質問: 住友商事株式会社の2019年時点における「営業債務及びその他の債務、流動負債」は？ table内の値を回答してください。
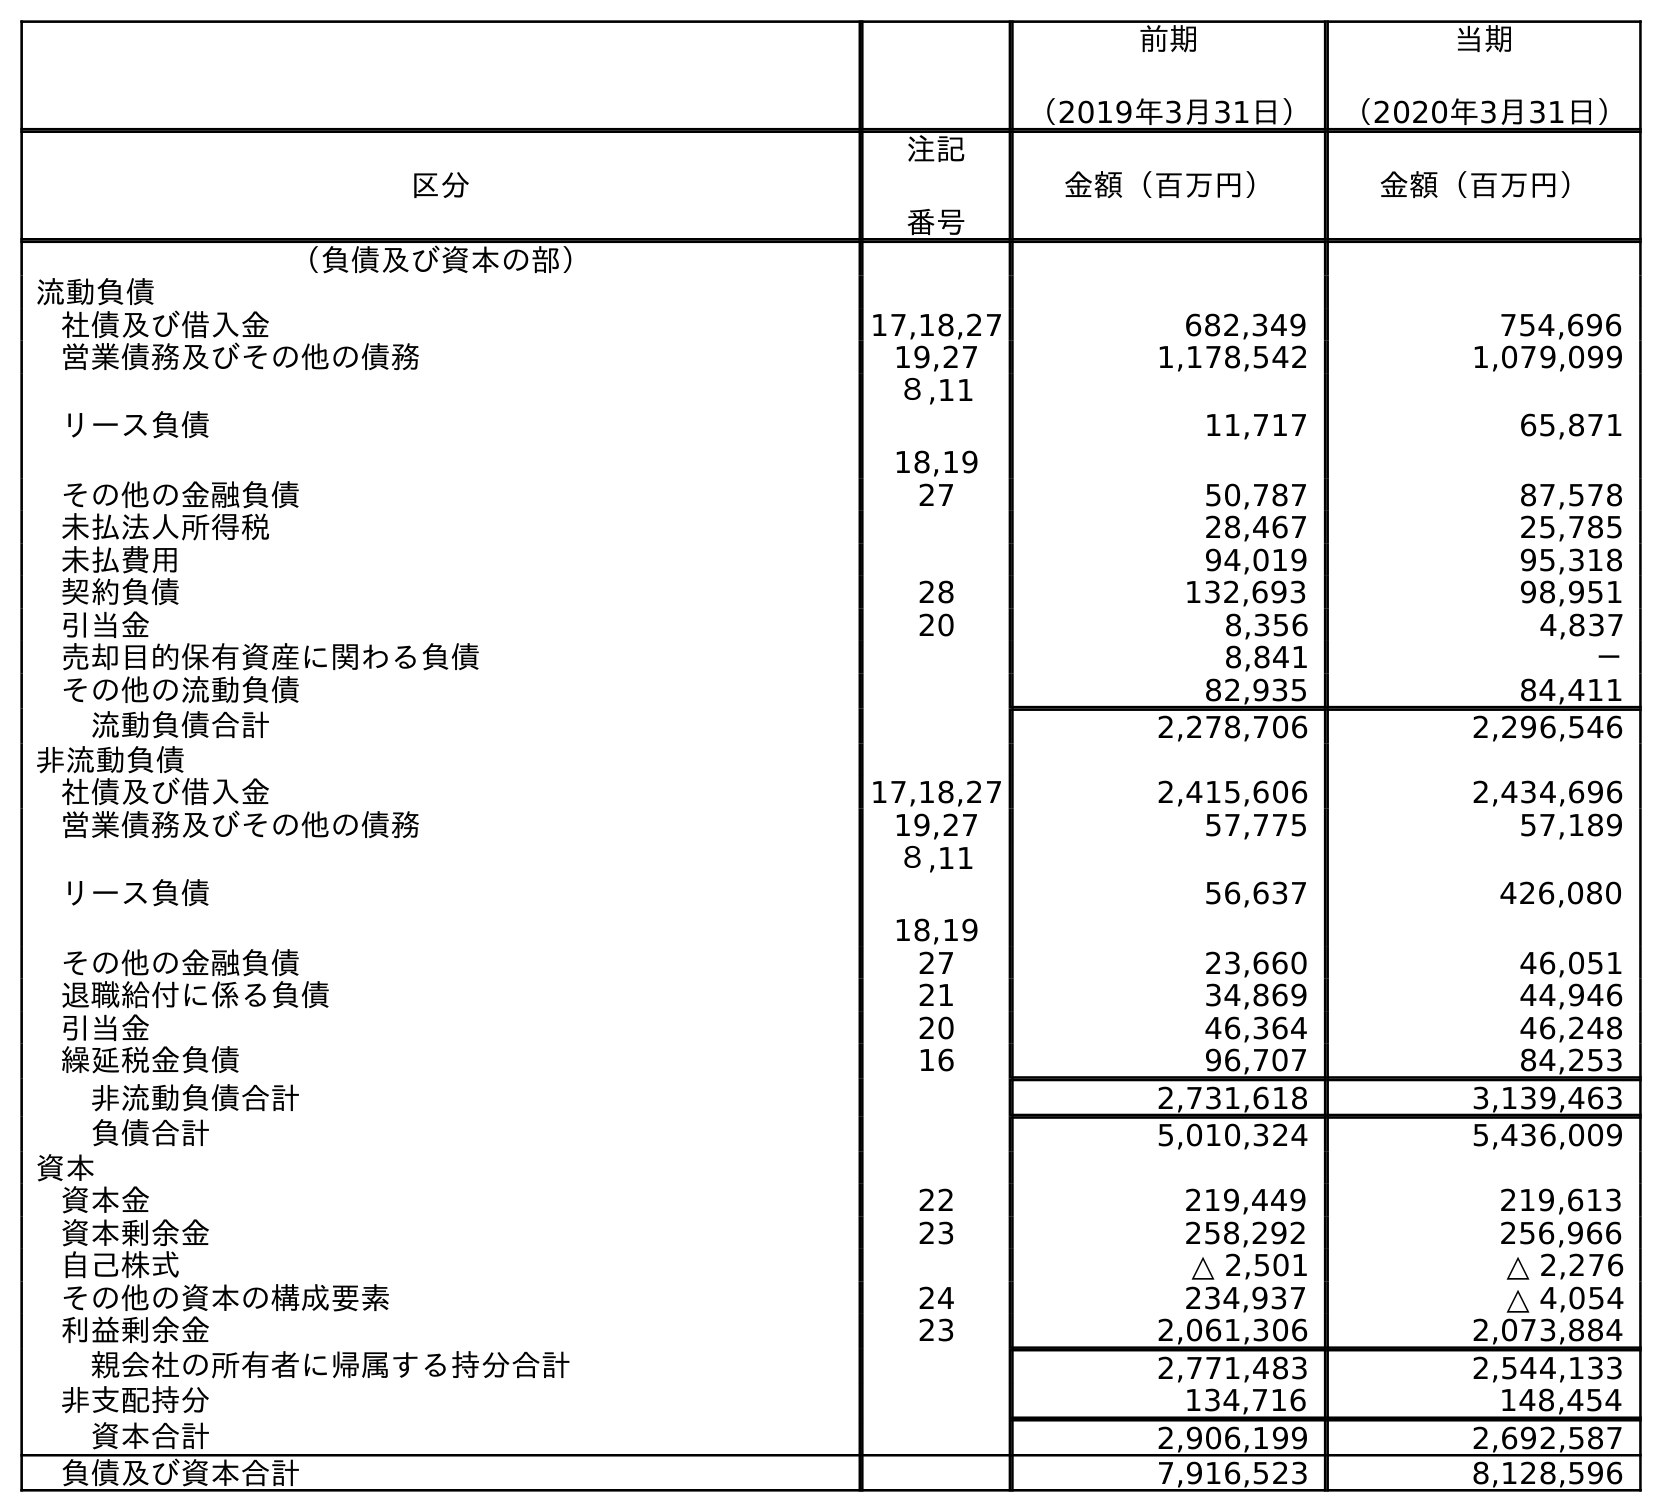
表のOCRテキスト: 前期 （2019年3月31日） 当期 （2020年3月31日） 区分 注記 番号 金額（百万円） 金額（百万円） （負債及び資本の部） 流動負債 社債及び借入金 17,18,27 682,349 754,696 営業債務及びその他の債務 19,27 1,178,542 1,079,099 リース負債 ８,11 18,19 11,717 65,871 その他の金融負債 27 50,787 87,578 未払法人所得税 28,467 25,785 未払費用 94,019 95,318 契約負債 28 132,693 98,951 引当金 20 8,356 4,837 売却目的保有資産に関わる負債 8,841 － その他の流動負債 82,935 84,411 流動負債合計 2,278,706 2,296,546 非流動負債 社債及び借入金 17,18,27 2,415,606 2,434,696 営業債務及びその他の債務 19,27 57,775 57,189 リース負債 ８,11 18,19 56,637 426,080 その他の金融負債 27 23,660 46,051 退職給付に係る負債 21 34,869 44,946 引当金 20 46,364 46,248 繰延税金負債 16 96,707 84,253 非流動負債合計 2,731,618 3,139,463 負債合計 5,010,324 5,436,009 資本 資本金 22 219,449 219,613 資本剰余金 23 258,292 256,966 自己株式 △ 2,501 △ 2,276 その他の資本の構成要素 24 234,937 △ 4,054 利益剰余金 23 2,061,306 2,073,884 親会社の所有者に帰属する持分合計 2,771,483 2,544,133 非支配持分 134,716 148,454 資本合計 2,906,199 2,692,587 負債及び資本合計 7,916,523 8,128,596
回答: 1,178,542